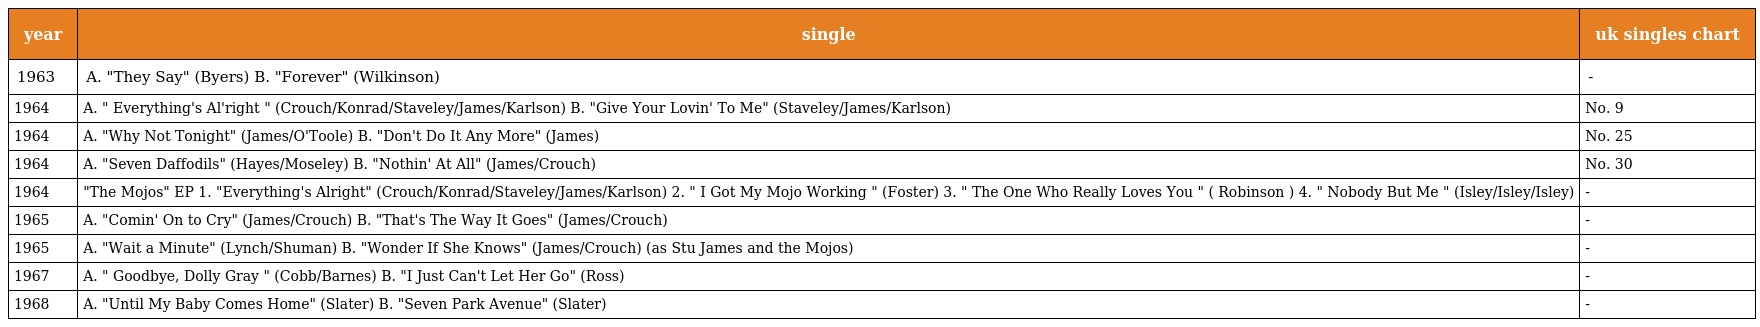
| year | single | uk singles chart |
 | --- | --- | --- |
 | 1963 | A. "They Say" (Byers) B. "Forever" (Wilkinson) | - |
 | 1964 | A. " Everything's Al'right " (Crouch/Konrad/Staveley/James/Karlson) B. "Give Your Lovin' To Me" (Staveley/James/Karlson) | No. 9 |
 | 1964 | A. "Why Not Tonight" (James/O'Toole) B. "Don't Do It Any More" (James) | No. 25 |
 | 1964 | A. "Seven Daffodils" (Hayes/Moseley) B. "Nothin' At All" (James/Crouch) | No. 30 |
 | 1964 | "The Mojos" EP 1. "Everything's Alright" (Crouch/Konrad/Staveley/James/Karlson) 2. " I Got My Mojo Working " (Foster) 3. " The One Who Really Loves You " ( Robinson ) 4. " Nobody But Me " (Isley/Isley/Isley) | - |
 | 1965 | A. "Comin' On to Cry" (James/Crouch) B. "That's The Way It Goes" (James/Crouch) | - |
 | 1965 | A. "Wait a Minute" (Lynch/Shuman) B. "Wonder If She Knows" (James/Crouch) (as Stu James and the Mojos) | - |
 | 1967 | A. " Goodbye, Dolly Gray " (Cobb/Barnes) B. "I Just Can't Let Her Go" (Ross) | - |
 | 1968 | A. "Until My Baby Comes Home" (Slater) B. "Seven Park Avenue" (Slater) | - |